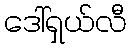
ဒေါ်ရှယ်လီ